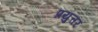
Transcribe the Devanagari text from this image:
प्रयुत्तर